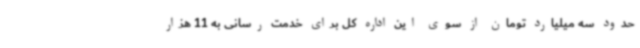
حدود سه میلیارد تومان از سوی این اداره کل برای خدمت رسانی به 11 هزار